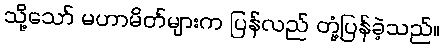
သို့သော် မဟာမိတ်များက ပြန်လည် တုံ့ပြန်ခဲ့သည်။